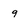
Character: 9